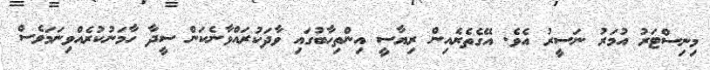
މިނިސްޓަރު އުމަރު ނަސީރު އެވެ. އޭގެތެރެއިން ރިޔާސީ އިންތިހާބުގައި ވާދަކުރައްވާނެކަން ސީދާ ހާމަނުކުރެއްވިނަމަވެސް